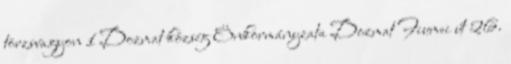
törzsvagyon 1 Dozmat község Önkormányzata Dozmat Fiumei út 26.